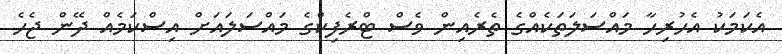
އެކަމަކު އެހުރިހާ މައްސަލަަތަކެއްގެ ތެރެއިން ވެސް ޓްރެފިކްގެ މައްސަަލައަށް އިސްކަމެއް ދޭން ޖެހެ